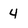
Character: 4